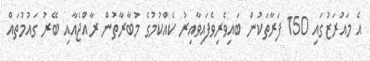
އެ މައުރަޒުގައި 150 ފަރާތަކުން ބައިވެރިވެފައިވާއިރު ކެއްކުމުގެ މުބާރާތުން ރާއްޖެއާއި ބޭރު ގައުމުތައް